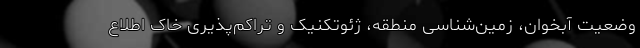
وضعیت آبخوان‌، زمین‌شناسی منطقه، ژئوتکنیک و تراکم‌پذیری خاک اطلاع